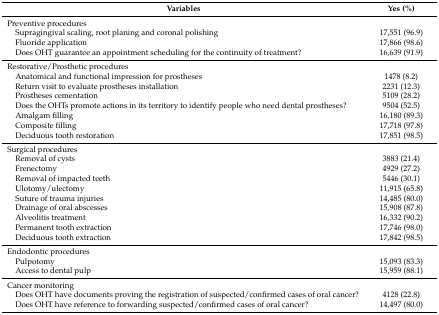
<table><thead><tr><td><b>Variables</b></td><td><b>Yes (%)</b></td></tr></thead><tbody><tr><td>Preventive procedures</td><td></td></tr><tr><td> Supragingival scaling, root planing and coronal polishing</td><td>17,551 (96.9)</td></tr><tr><td> Fluoride application</td><td>17,866 (98.6)</td></tr><tr><td> Does OHT guarantee an appointment scheduling for the continuity of treatment?</td><td>16,639 (91.9)</td></tr><tr><td>Restorative/Prosthetic procedures</td><td></td></tr><tr><td> Anatomical and functional impression for prostheses</td><td>1478 (8.2)</td></tr><tr><td> Return visit to evaluate prostheses installation</td><td>2231 (12.3)</td></tr><tr><td> Prostheses cementation</td><td>5109 (28.2)</td></tr><tr><td> Does the OHTs promote actions in its territory to identify people who need dental prostheses?</td><td>9504 (52.5)</td></tr><tr><td> Amalgam filling</td><td>16,180 (89.3)</td></tr><tr><td> Composite filling</td><td>17,718 (97.8)</td></tr><tr><td> Deciduous tooth restoration</td><td>17,851 (98.5)</td></tr><tr><td>Surgical procedures</td><td></td></tr><tr><td> Removal of cysts</td><td>3883 (21.4)</td></tr><tr><td> Frenectomy</td><td>4929 (27.2)</td></tr><tr><td> Removal of impacted teeth</td><td>5446 (30.1)</td></tr><tr><td> Ulotomy/ulectomy</td><td>11,915 (65.8)</td></tr><tr><td> Suture of trauma injuries</td><td>14,485 (80.0)</td></tr><tr><td> Drainage of oral abscesses</td><td>15,908 (87.8)</td></tr><tr><td> Alveolitis treatment</td><td>16,332 (90.2)</td></tr><tr><td> Permanent tooth extraction</td><td>17,746 (98.0)</td></tr><tr><td> Deciduous tooth extraction</td><td>17,842 (98.5)</td></tr><tr><td>Endodontic procedures</td><td></td></tr><tr><td> Pulpotomy</td><td>15,093 (83.3)</td></tr><tr><td> Access to dental pulp</td><td>15,959 (88.1)</td></tr><tr><td>Cancer monitoring</td><td></td></tr><tr><td> Does OHT have documents proving the registration of suspected/confirmed cases of oral cancer?</td><td>4128 (22.8)</td></tr><tr><td> Does OHT have reference to forwarding suspected/confirmed cases of oral cancer?</td><td>14,497 (80.0)</td></tr></tbody></table>